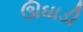
ઊઘાડી